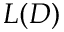
L ( D )